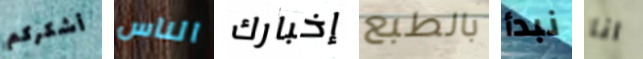
أشكركم الناس إخبارك بالطبع نبدأ انا